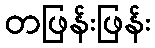
တဖြန်းဖြန်း